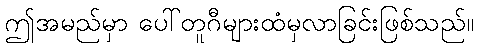
ဤအမည်မှာ ပေါ်တူဂီများထံမှလာခြင်းဖြစ်သည်။